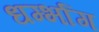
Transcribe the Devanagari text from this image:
धर्म्भाग